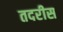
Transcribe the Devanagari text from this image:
तदरीस